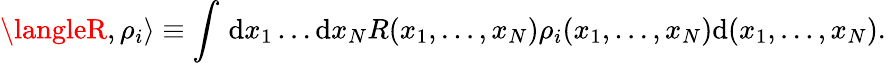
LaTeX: \langleR,\rho_{i}\rangle\equiv\int\, \mathrm{d}x_{1}\dots\mathrm{d}x_{N}R(x_{1},\ldots,x_{N})\rho_{i}(x_{1},\ldots,x_{N})\mathrm{d}(x_{1},\ldots,x_{N}).